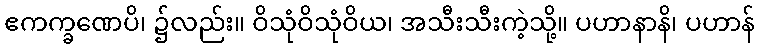
ဧကက္ခဏေပိ၊ ၌လည်း။ ဝိသုံဝိသုံဝိယ၊ အသီးသီးကဲ့သို့။ ပဟာနာနိ၊ ပဟာန်